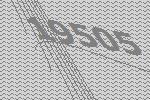
19505